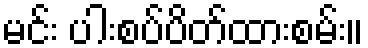
မင်း ပါးစပ်ပိတ်ထားစမ်း။